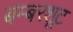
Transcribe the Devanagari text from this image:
बम्बरशूट